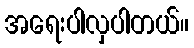
အရေးပါလှပါတယ်။